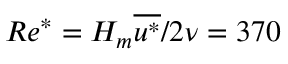
R e ^ { * } = H _ { m } \overline { { u ^ { * } } } / 2 \nu = 3 7 0